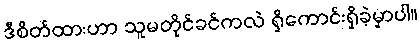
ဒီစိတ်ထားဟာ သူမတိုင်ခင်ကလဲ ရှိကောင်းရှိခဲ့မှာပါ။